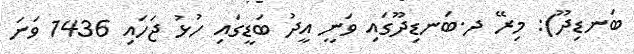
ބަނޑިދޫ): މިރޭ ދ.ބަނޑިދޫގައި ވަނީ އީދު ބަޑީގައި ހުޅު ޖަހައި 1436 ވަނަ